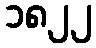
၁၈၂၂